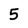
Character: 5